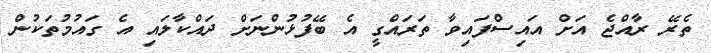
ތެރޭ ރާއްޖެ އަށް އައިސްފައިވާ ތަރައްގީ އެ ބޭފުޅުންނަށް ދައްކާލައި އެ ގައުމުތަކުން